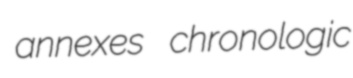
annexes chronologic